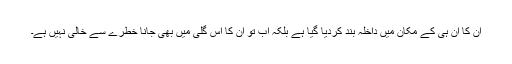
ان کا ان ہی کے مکان میں داخلہ بند کردیا گیا ہے بلکہ اب تو ان کا اس گلی میں بھی جانا خطرے سے خالی نہیں ہے۔